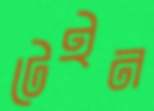
টেইন